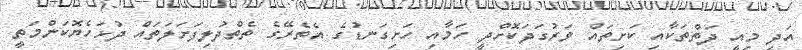
އަދި މިއީ ދަތްތަކާއި ކަށިތައް ވަރުގަދަކޮށްދީ ހަމާއި ހަށިގަނޑުގެ އެތެރޭގެ ތެތްދުލިފަށަލަތައް ދުޅަހެޔޮކަންމަތީ